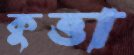
কুত্তা